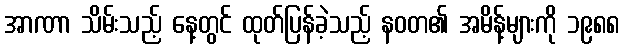
အာဏာ သိမ်းသည့် နေ့တွင် ထုတ်ပြန်ခဲ့သည့် နဝတ၏ အမိန့်များကို ၁၉၈၈